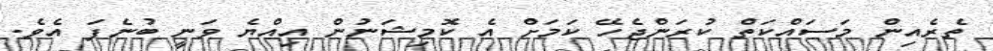
ތެރެއިން މަސައްކަތް ކުރަންޖެހޭ ކަމަށް އެ ކޮމިޝަނުން އިއްޔެ ވަނީ ބުނެފަ އެވެ.